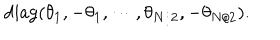
LaTeX: \mathrm { d i a g } ( \theta _ { 1 } , - \theta _ { 1 } , \cdots , \theta _ { N / 2 } , - \theta _ { N / 2 } ) .